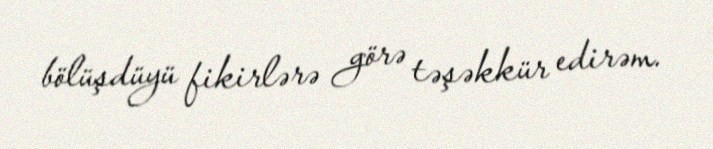
bölüşdüyü fikirlərə görə təşəkkür edirəm.